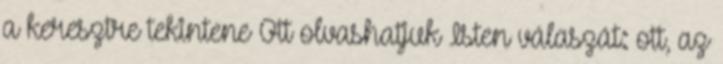
a keresztre tekintene Ott olvashatjuk Isten válaszát: ott, az